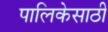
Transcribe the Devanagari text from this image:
पालिकेसाठी